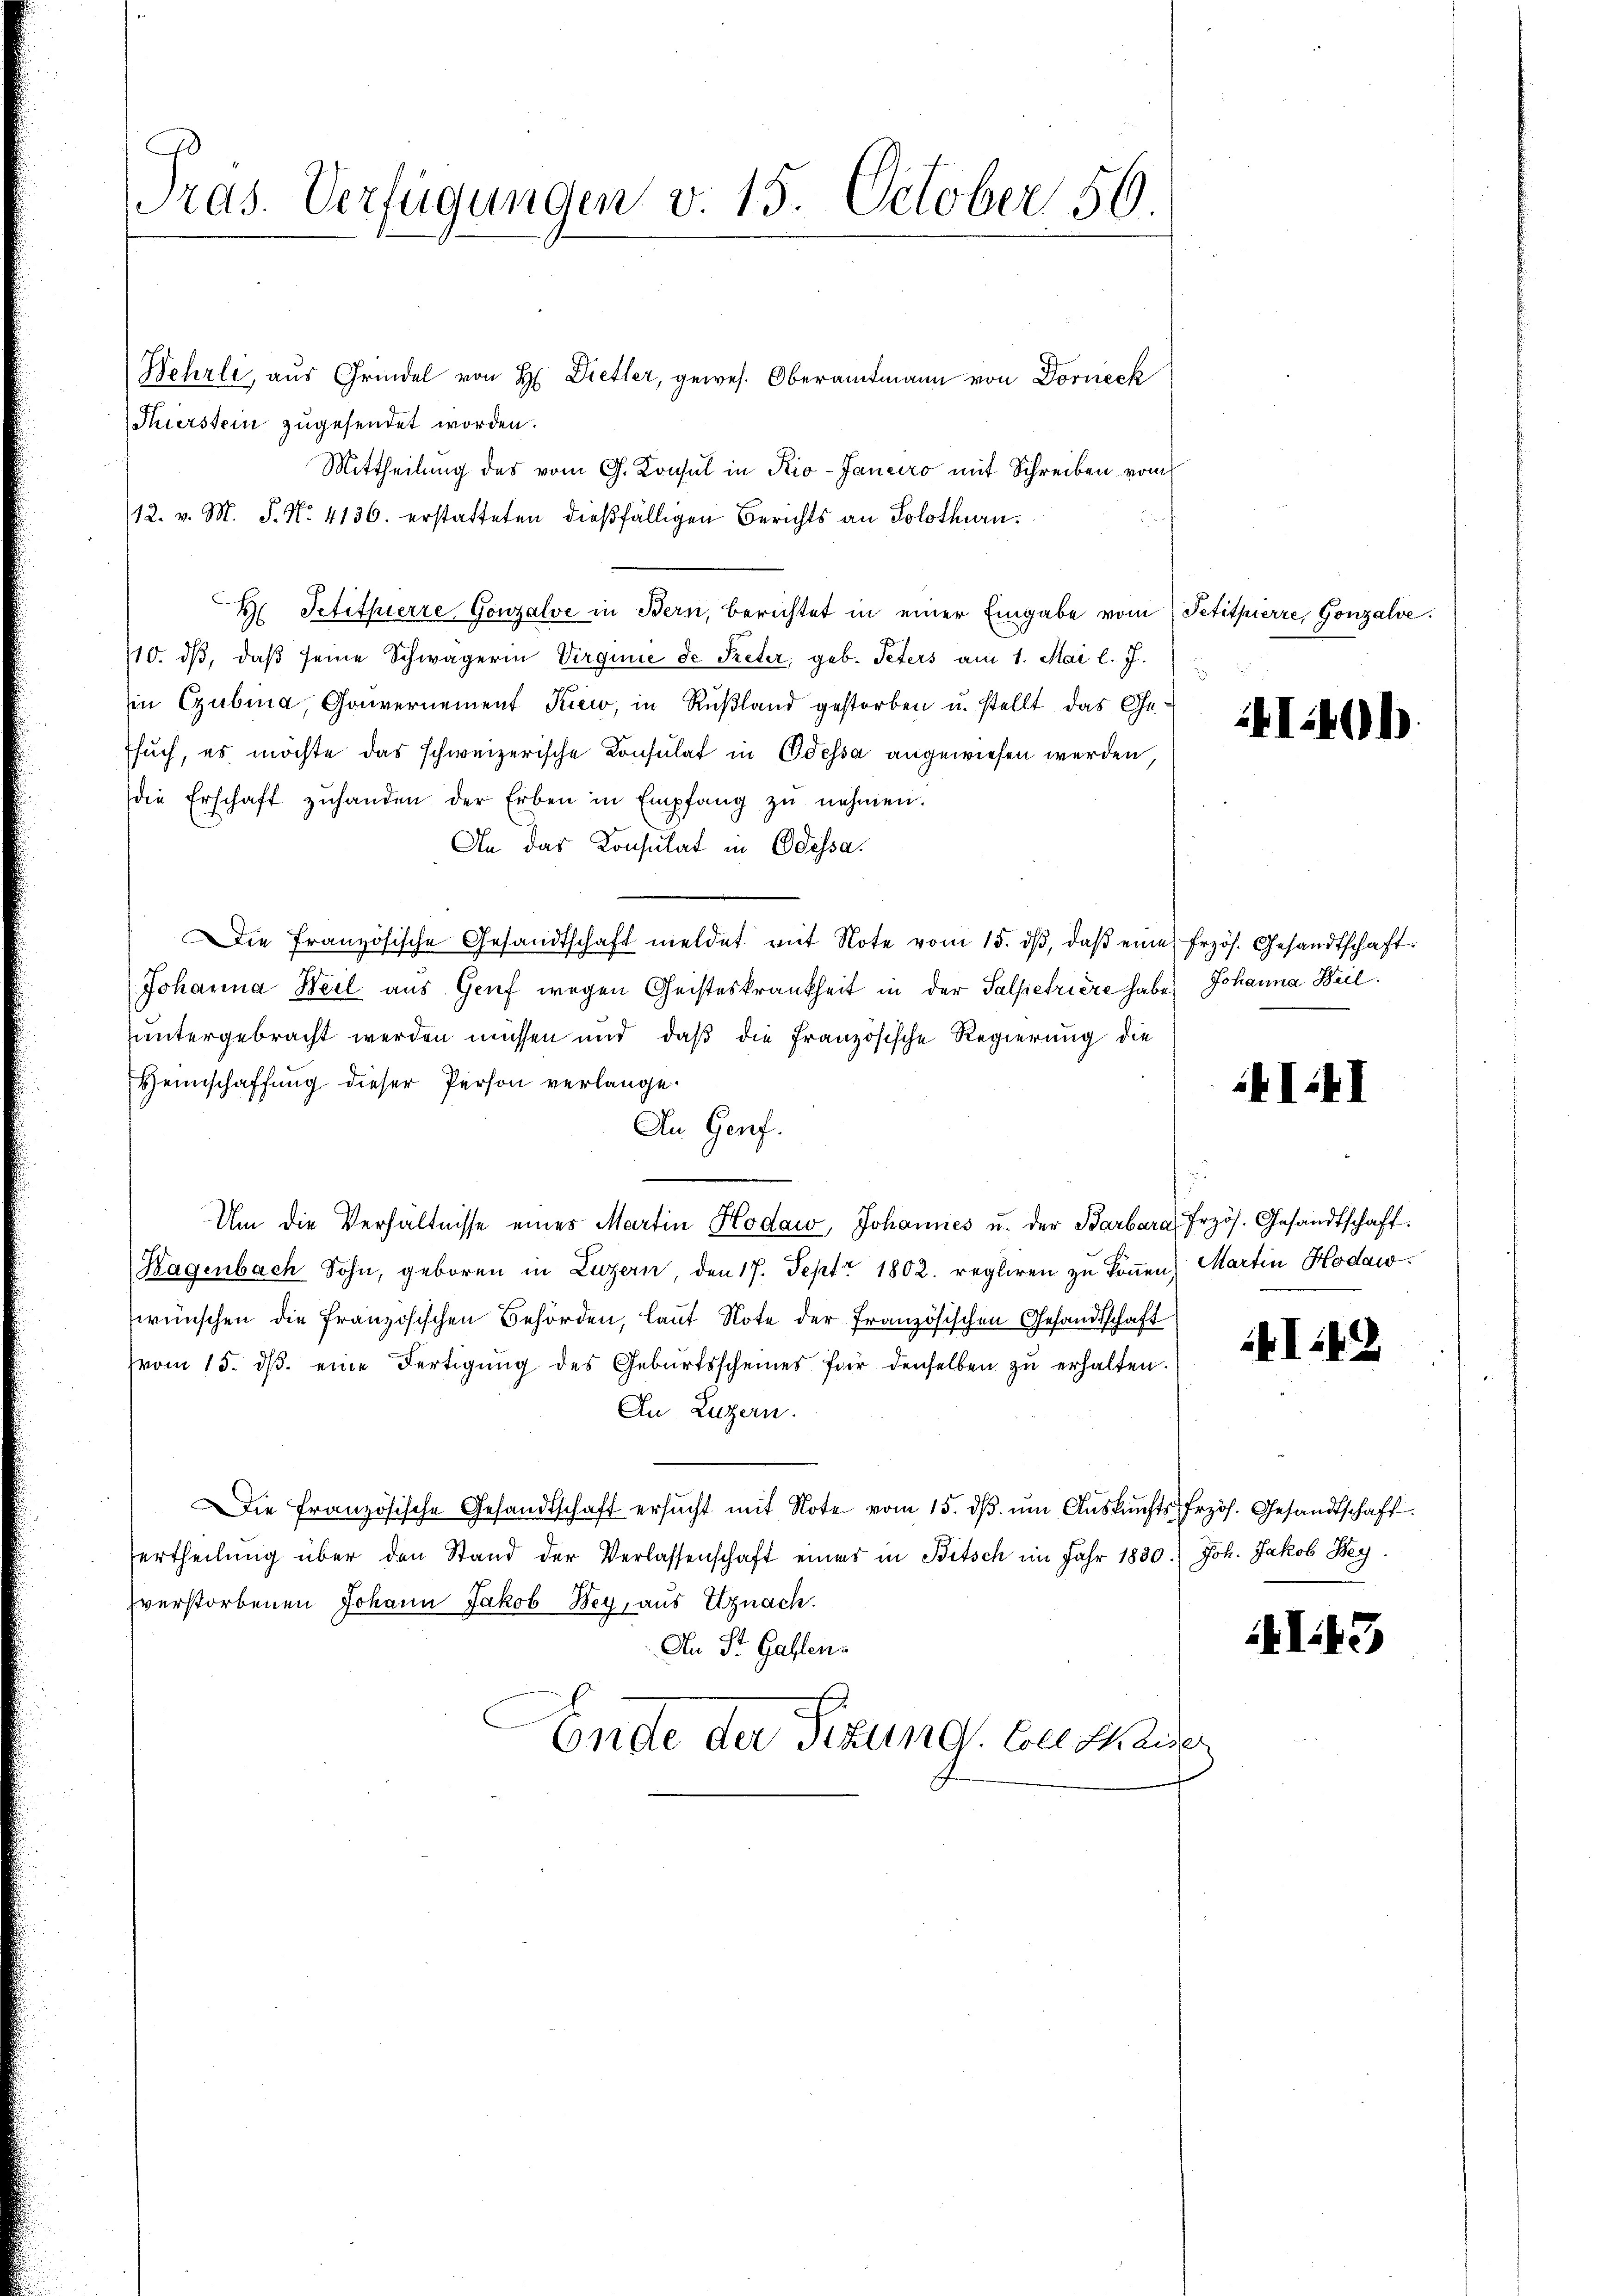
Wehrli, aus Grinde von H. Dietler, gewes. Oberamtmann von Dorneck
Thierstein zugesendet worden.
Mittheilung des vom C. Konsul in Rio-Janeiro mit Schreiben vom
/12. v. M. P. N. 4136. erstatteten dießfälligen Berichts an Solothurn.
H Petitpierre Gonzalve in Bern, berichtet in einer Eingabe vom Petitpierre, Gonzalve
110. dβ, daβ seine Schwägerin Virginie de Preter, geb. Peters am 1. Mai l. J.
in Czubina, Gouvernement Kici, in Rußland gestorben u. stellt das Ge¬
Esuch, es möchte das schweizerische Consulat in Odessa angewiesen werden,
die Erschaft zŭhanden der Erben in Empfang zŭ nehmen.
An das Konsulat in Odessa.
Die französische Gesandtschaft meldet mit Note vom 15. dβ, daß eine Erzös. Gesandtschaft
Johanna Weil aus Genf wegen Geisteskrankheit in der Salsietriere habe Johanna Beil
untergebracht werden müssen und daß die Französische Regierung die
Heinschaffung dieser Person verlange.
An Genf.
u
Um die Verhältnisse eines Martin Kodaw, Johannes u. der Barbara Przös. Gesandtschaft
Hagenbach Sohn, geboren in Luzern, den 17. Sept. 1802. regliren zŭ köṅen. Martin Hodawwünschen die französischen Behörden, laut Note der Französischen Gesandtschaft
vom 15. dβ. eine Fertigŭng des Geburtsscheines für denselben zŭ erhalten.
In Luzern.
Die französische Gesandtschaft ersŭcht mit Note vom 15. dβ. ŭm Aŭskŭnfts frzös. Gesandtschaft.
ertheilung über den Stand der Verlassenschaft eines in Bitsch im Jahr 1830.) Joh. Jakob Bey
zverstorbenen Johann Jakob Bey, aus Uznach.
An St. Gallen.
Ende der Sizung. Soll Stander

Präs. Verfügungen v. 15. October 56

IOh

ik III

4I:43

I43